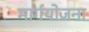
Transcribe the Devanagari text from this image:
मार्गयोजना